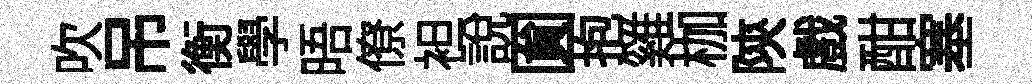
吹吊衡學晤僚袒説圎抱雞枷陝戲酣塞